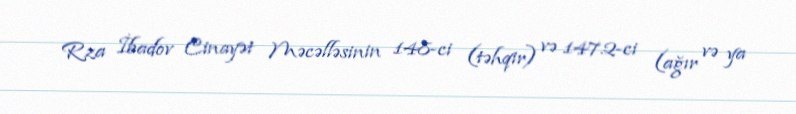
Rza İbadov Cinayət Məcəlləsinin 148-ci (təhqir) və 147.2-ci (ağır və ya